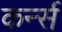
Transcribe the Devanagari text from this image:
कर्न्‍स